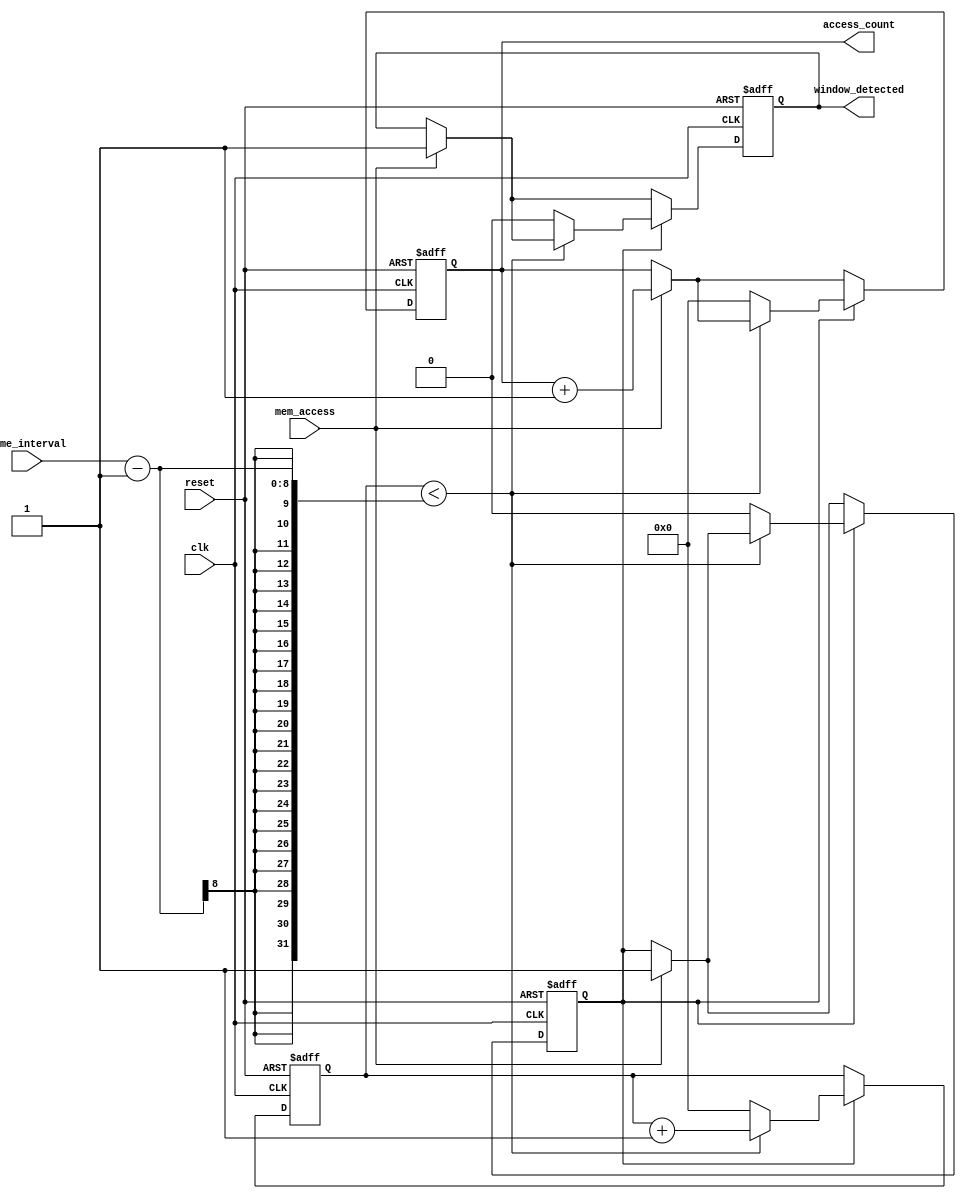
module MemoryBlocksTimeWindowDetector (
    input wire clk,               // System clock signal
    input wire reset,             // Asynchronous reset signal
    input wire mem_access,        // Memory access signal (read/write)
    input wire [7:0] time_interval, // Configurable time-window (in clock cycles)
    output reg window_detected,   // Signal indicating access within time-window
    output reg [7:0] access_count  // Counter for accesses within the time-window
);

    reg [7:0] counter;            // Counter for time-window
    reg counting;                 // Flag to indicate if we are counting

    // Asynchronous reset and clock logic
    always @(posedge clk or posedge reset) begin
        if (reset) begin
            access_count <= 0;
            counter <= 0;
            window_detected <= 0;
            counting <= 0;
        end else begin
            // Check for memory access
            if (mem_access) begin
                counting <= 1; // Start counting when access occurs
                access_count <= access_count + 1; // Increment access count
                window_detected <= 1; // Set window detected
            end
            
            // Counting logic
            if (counting) begin
                if (counter < time_interval - 1) begin
                    counter <= counter + 1; // Increment counter
                end else begin
                    // Time-window expired
                    counting <= 0; // Stop counting
                    counter <= 0; // Reset counter
                    access_count <= 0; // Reset access count
                    window_detected <= 0; // Clear window detected
                end
            end
        end
    end
endmodule